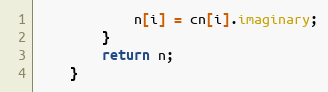
Language: Java
            n[i] = cn[i].imaginary;
        }
        return n;
    }